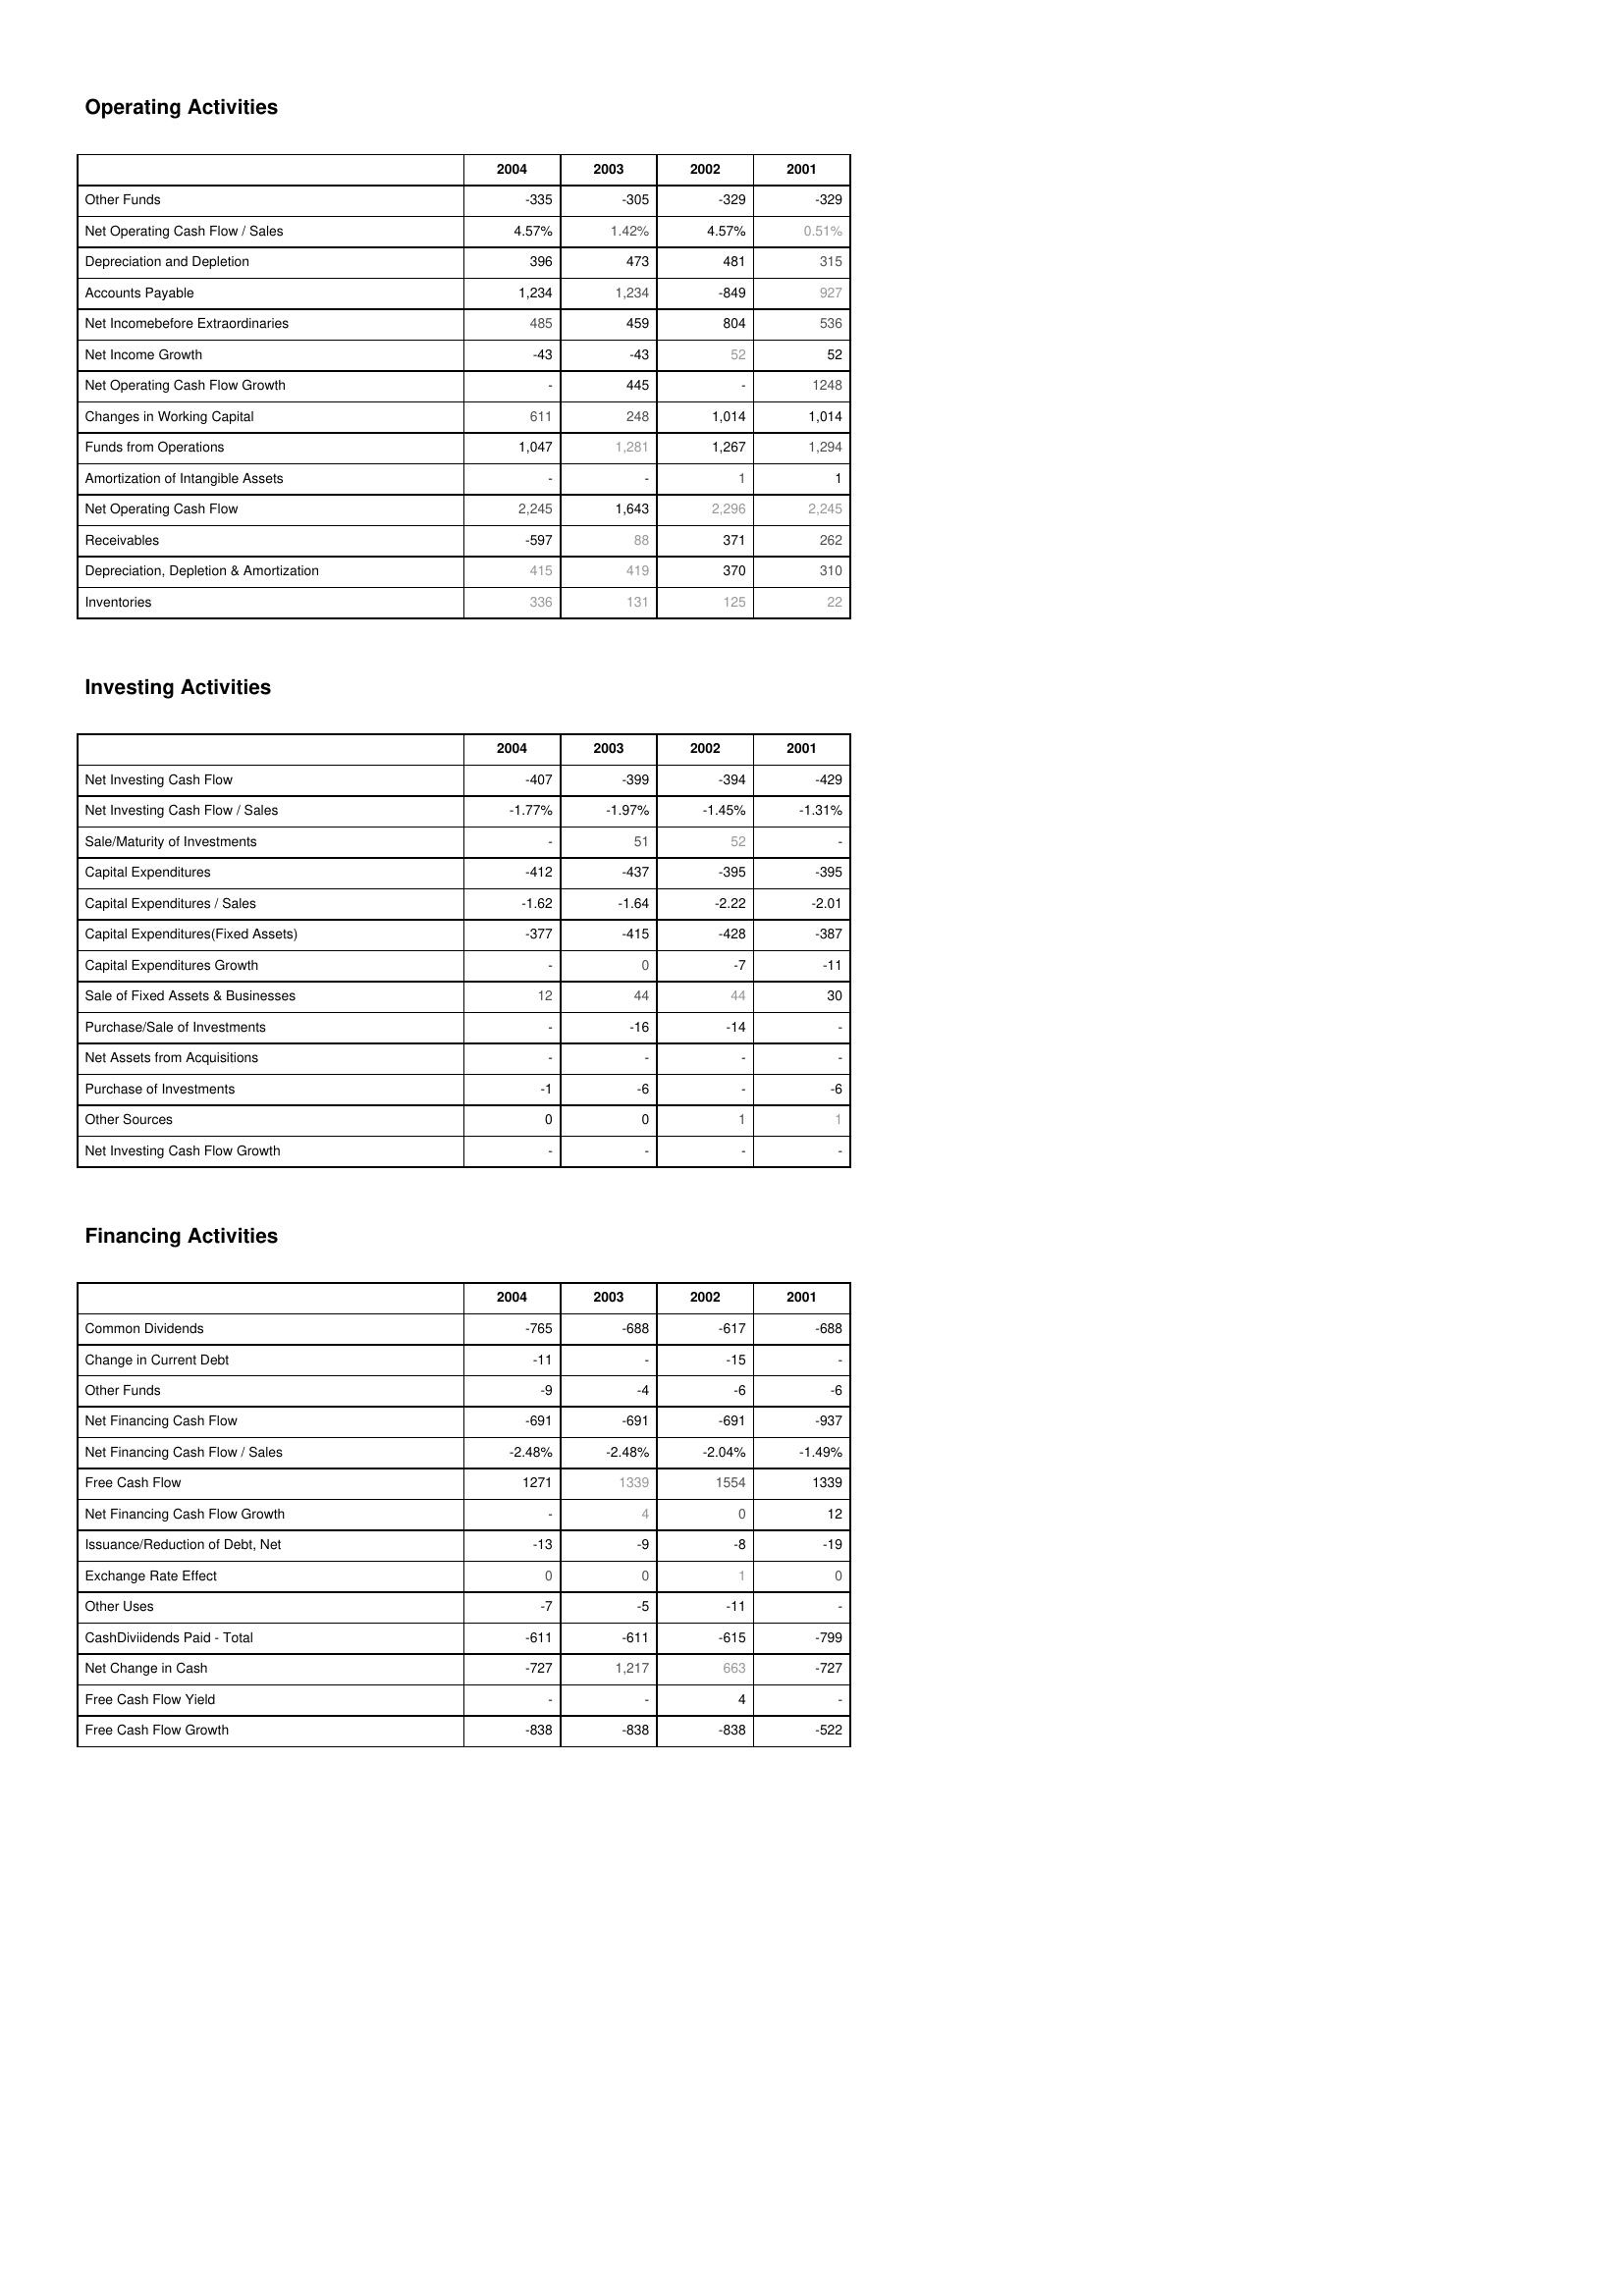
2004: Operating Activities: Other Funds: -335
Net Operating Cash Flow / Sales: 4.57%
Depreciation and Depletion: 396
Accounts Payable: 1,234
Net Incomebefore Extraordinaries: 485
Net Income Growth: -43
Net Operating Cash Flow Growth: -
Changes in Working Capital: 611
Funds from Operations: 1,047
Amortization of Intangible Assets: -
Net Operating Cash Flow: 2,245
Receivables: -597
Depreciation, Depletion & Amortization: 415
Inventories: 336
Investing Activities: Net Investing Cash Flow: -407
Net Investing Cash Flow / Sales: -1.77%
Sale/Maturity of Investments: -
Capital Expenditures: -412
Capital Expenditures / Sales: -1.62
Capital Expenditures(Fixed Assets): -377
Capital Expenditures Growth: -
Sale of Fixed Assets & Businesses: 12
Purchase/Sale of Investments: -
Net Assets from Acquisitions: -
Purchase of Investments: -1
Other Sources: 0
Net Investing Cash Flow Growth: -
Financing Activities: Common Dividends: -765
Change in Current Debt: -11
Other Funds: -9
Net Financing Cash Flow: -691
Net Financing Cash Flow / Sales: -2.48%
Free Cash Flow: 1271
Net Financing Cash Flow Growth: -
Issuance/Reduction of Debt, Net: -13
Exchange Rate Effect: 0
Other Uses: -7
CashDiviidends Paid - Total: -611
Net Change in Cash: -727
Free Cash Flow Yield: -
Free Cash Flow Growth: -838
2003: Operating Activities: Other Funds: -305
Net Operating Cash Flow / Sales: 1.42%
Depreciation and Depletion: 473
Accounts Payable: 1,234
Net Incomebefore Extraordinaries: 459
Net Income Growth: -43
Net Operating Cash Flow Growth: 445
Changes in Working Capital: 248
Funds from Operations: 1,281
Amortization of Intangible Assets: -
Net Operating Cash Flow: 1,643
Receivables: 88
Depreciation, Depletion & Amortization: 419
Inventories: 131
Investing Activities: Net Investing Cash Flow: -399
Net Investing Cash Flow / Sales: -1.97%
Sale/Maturity of Investments: 51
Capital Expenditures: -437
Capital Expenditures / Sales: -1.64
Capital Expenditures(Fixed Assets): -415
Capital Expenditures Growth: 0
Sale of Fixed Assets & Businesses: 44
Purchase/Sale of Investments: -16
Net Assets from Acquisitions: -
Purchase of Investments: -6
Other Sources: 0
Net Investing Cash Flow Growth: -
Financing Activities: Common Dividends: -688
Change in Current Debt: -
Other Funds: -4
Net Financing Cash Flow: -691
Net Financing Cash Flow / Sales: -2.48%
Free Cash Flow: 1339
Net Financing Cash Flow Growth: 4
Issuance/Reduction of Debt, Net: -9
Exchange Rate Effect: 0
Other Uses: -5
CashDiviidends Paid - Total: -611
Net Change in Cash: 1,217
Free Cash Flow Yield: -
Free Cash Flow Growth: -838
2002: Operating Activities: Other Funds: -329
Net Operating Cash Flow / Sales: 4.57%
Depreciation and Depletion: 481
Accounts Payable: -849
Net Incomebefore Extraordinaries: 804
Net Income Growth: 52
Net Operating Cash Flow Growth: -
Changes in Working Capital: 1,014
Funds from Operations: 1,267
Amortization of Intangible Assets: 1
Net Operating Cash Flow: 2,296
Receivables: 371
Depreciation, Depletion & Amortization: 370
Inventories: 125
Investing Activities: Net Investing Cash Flow: -394
Net Investing Cash Flow / Sales: -1.45%
Sale/Maturity of Investments: 52
Capital Expenditures: -395
Capital Expenditures / Sales: -2.22
Capital Expenditures(Fixed Assets): -428
Capital Expenditures Growth: -7
Sale of Fixed Assets & Businesses: 44
Purchase/Sale of Investments: -14
Net Assets from Acquisitions: -
Purchase of Investments: -
Other Sources: 1
Net Investing Cash Flow Growth: -
Financing Activities: Common Dividends: -617
Change in Current Debt: -15
Other Funds: -6
Net Financing Cash Flow: -691
Net Financing Cash Flow / Sales: -2.04%
Free Cash Flow: 1554
Net Financing Cash Flow Growth: 0
Issuance/Reduction of Debt, Net: -8
Exchange Rate Effect: 1
Other Uses: -11
CashDiviidends Paid - Total: -615
Net Change in Cash: 663
Free Cash Flow Yield: 4
Free Cash Flow Growth: -838
2001: Operating Activities: Other Funds: -329
Net Operating Cash Flow / Sales: 0.51%
Depreciation and Depletion: 315
Accounts Payable: 927
Net Incomebefore Extraordinaries: 536
Net Income Growth: 52
Net Operating Cash Flow Growth: 1248
Changes in Working Capital: 1,014
Funds from Operations: 1,294
Amortization of Intangible Assets: 1
Net Operating Cash Flow: 2,245
Receivables: 262
Depreciation, Depletion & Amortization: 310
Inventories: 22
Investing Activities: Net Investing Cash Flow: -429
Net Investing Cash Flow / Sales: -1.31%
Sale/Maturity of Investments: -
Capital Expenditures: -395
Capital Expenditures / Sales: -2.01
Capital Expenditures(Fixed Assets): -387
Capital Expenditures Growth: -11
Sale of Fixed Assets & Businesses: 30
Purchase/Sale of Investments: -
Net Assets from Acquisitions: -
Purchase of Investments: -6
Other Sources: 1
Net Investing Cash Flow Growth: -
Financing Activities: Common Dividends: -688
Change in Current Debt: -
Other Funds: -6
Net Financing Cash Flow: -937
Net Financing Cash Flow / Sales: -1.49%
Free Cash Flow: 1339
Net Financing Cash Flow Growth: 12
Issuance/Reduction of Debt, Net: -19
Exchange Rate Effect: 0
Other Uses: -
CashDiviidends Paid - Total: -799
Net Change in Cash: -727
Free Cash Flow Yield: -
Free Cash Flow Growth: -522